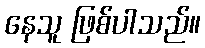
နေသူ ဖြစ်ပါသည်။